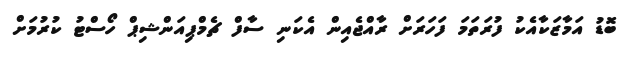
ބޮޑު އަމާޒަކާއެކު ފުރަތަމަ ފަހަރަށް ރާއްޖެއިން އެކަނި ސާފް ޗެމްޕިއަންޝިޕް ހޯސްޓު ކުރުމަށް